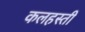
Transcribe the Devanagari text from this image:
कलहस्ती